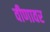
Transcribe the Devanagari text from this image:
वीणावर